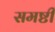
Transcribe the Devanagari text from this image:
समष्टी